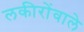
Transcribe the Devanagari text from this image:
लकीरोंवाले